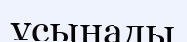
ұсынады